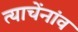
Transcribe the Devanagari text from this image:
त्याचेंनांव